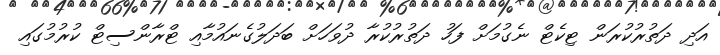
އަދި ދަތުރުކުރަން ޓިކެޓް ނެގުމަށް ފަހު ދަތުރުކުރާ ދުވަހަށް ބަދަލުގެނައުމާއި ޓްރާންސިޓް ކުރުމުގައި